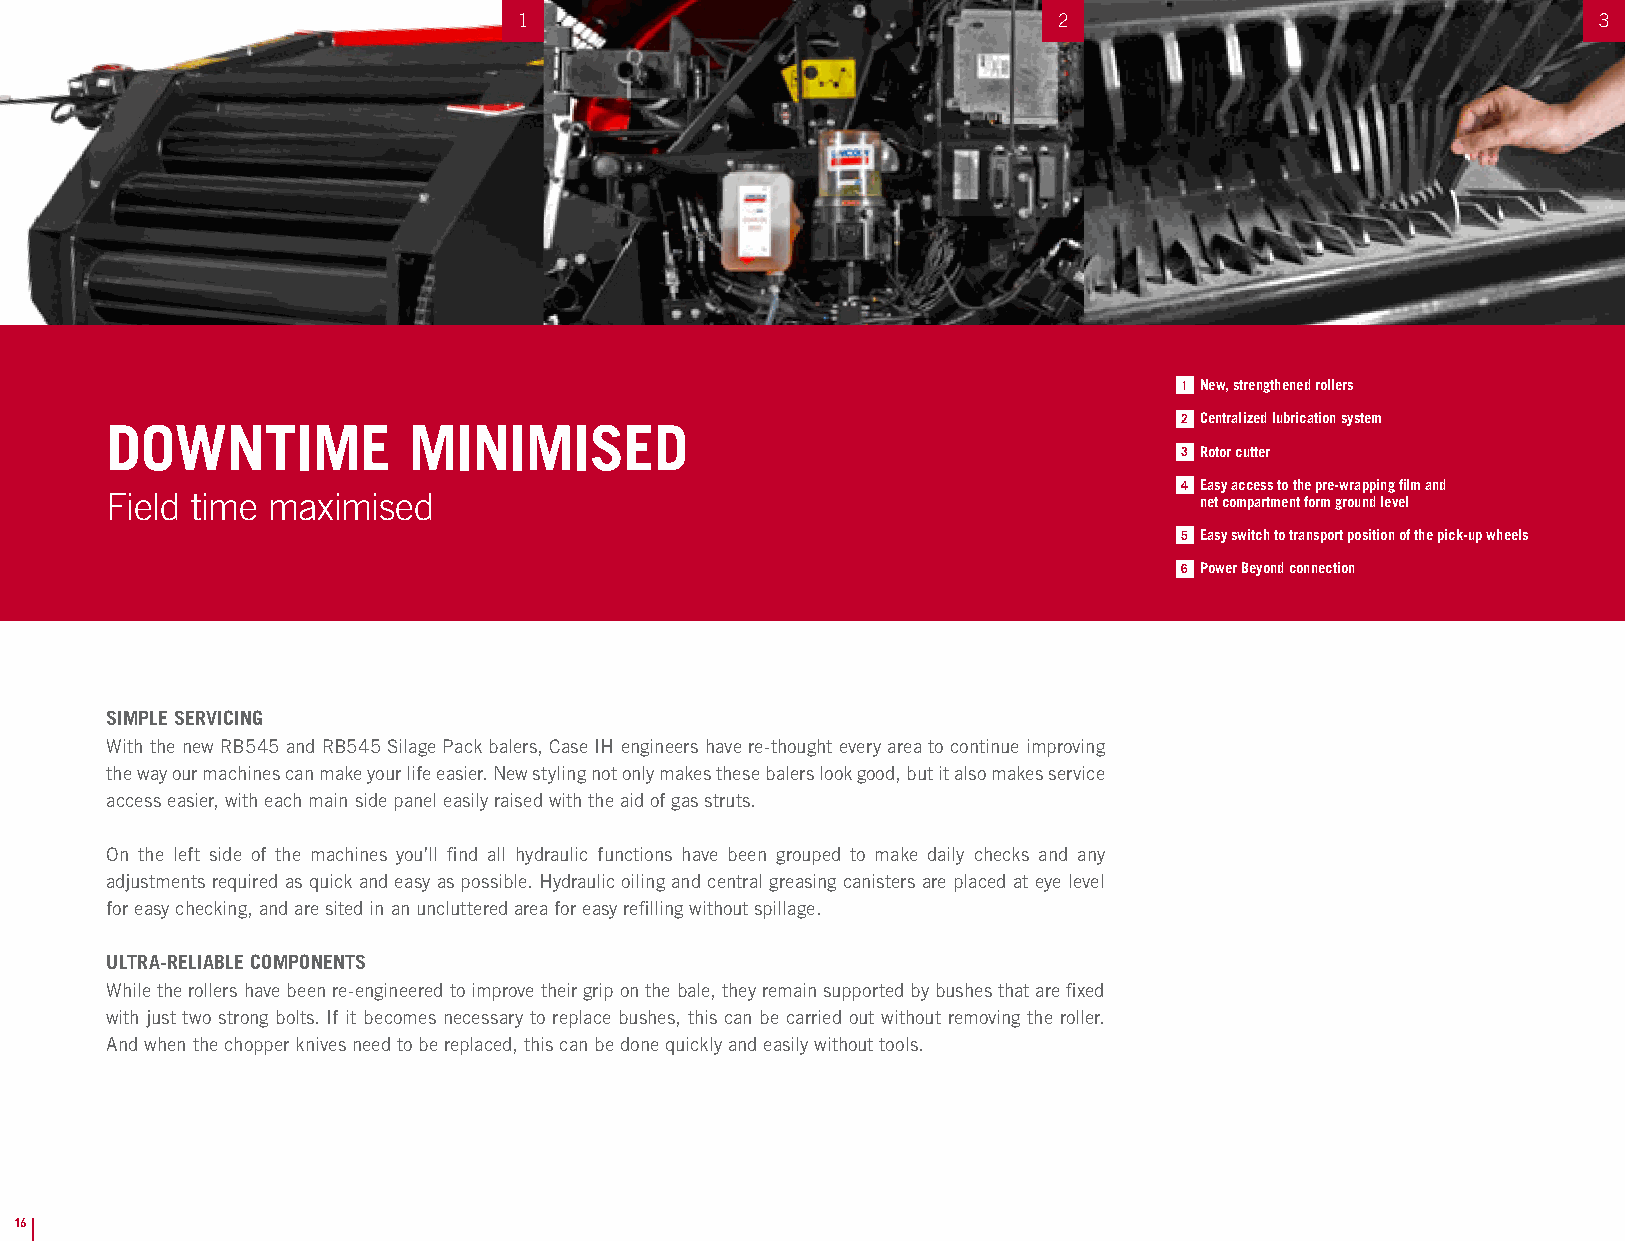
1                                   2                                   3
 1 New, strengthened rollers
 2 Centralized lubrication system
 DOWNTIME            MINIMISED
 3 Rotor cutter
 4 Easy access to the pre-wrapping film and
 Field time maximised                                                    net compartment form ground level
 5 Easy switch to transport position of the pick-up wheels
 6 Power Beyond connection
 SIMPLE SERVICING
 With the new RB545 and RB545 Silage Pack balers, Case IH engineers have re-thought every area to continue improving
 the way our machines can make your life easier. New styling not only makes these balers look good, but it also makes service
 access easier, with each main side panel easily raised with the aid of gas struts.
 On the left side of the machines you’ll find all hydraulic functions have been grouped to make daily checks and any
 adjustments required as quick and easy as possible. Hydraulic oiling and central greasing canisters are placed at eye level
 for easy checking, and are sited in an uncluttered area for easy refilling without spillage.
 ULTRA-RELIABLE COMPONENTS
 While the rollers have been re-engineered to improve their grip on the bale, they remain supported by bushes that are fixed
 with just two strong bolts. If it becomes necessary to replace bushes, this can be carried out without removing the roller.
 And when the chopper knives need to be replaced, this can be done quickly and easily without tools.
 16